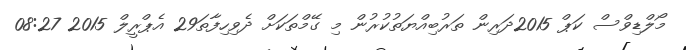
މޯލްޑިވްސް ކަޕް 2015ދަރިން ތަރުބިއްޔަތުކުރުން މި ގޭމްތަކަށް ދެވިހިފާތަ29 އެޕްރީލް 2015 08:27